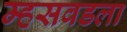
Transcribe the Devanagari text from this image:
म्हसवडला